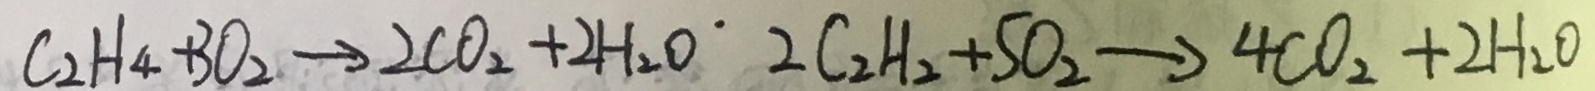
C _ { 2 } H _ { 4 } + 3 O _ { 2 } \rightarrow 2 C O _ { 2 } + 2 H _ { 2 } O 2 C _ { 2 } H _ { 2 } + S O _ { 2 } \rightarrow \angle C _ { 2 } + 4 C O _ { 2 } + 2 H _ { 2 } O